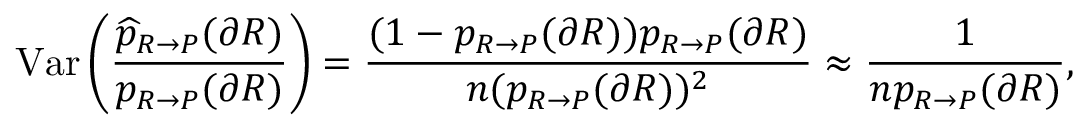
\mathrm { V a r } \left( \frac { \widehat { p } _ { R \rightarrow P } ( \partial R ) } { p _ { R \rightarrow P } ( \partial R ) } \right) = \frac { ( 1 - p _ { R \rightarrow P } ( \partial R ) ) p _ { R \rightarrow P } ( \partial R ) } { n ( p _ { R \rightarrow P } ( \partial R ) ) ^ { 2 } } \approx \frac { 1 } { n p _ { R \rightarrow P } ( \partial R ) } ,